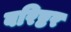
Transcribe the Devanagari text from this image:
बरिष्टर